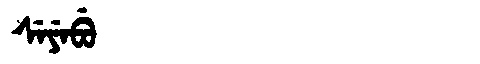
Manchu: ᠰᡝᠶᡝᠪᡠ
Romanization: SEYEBU